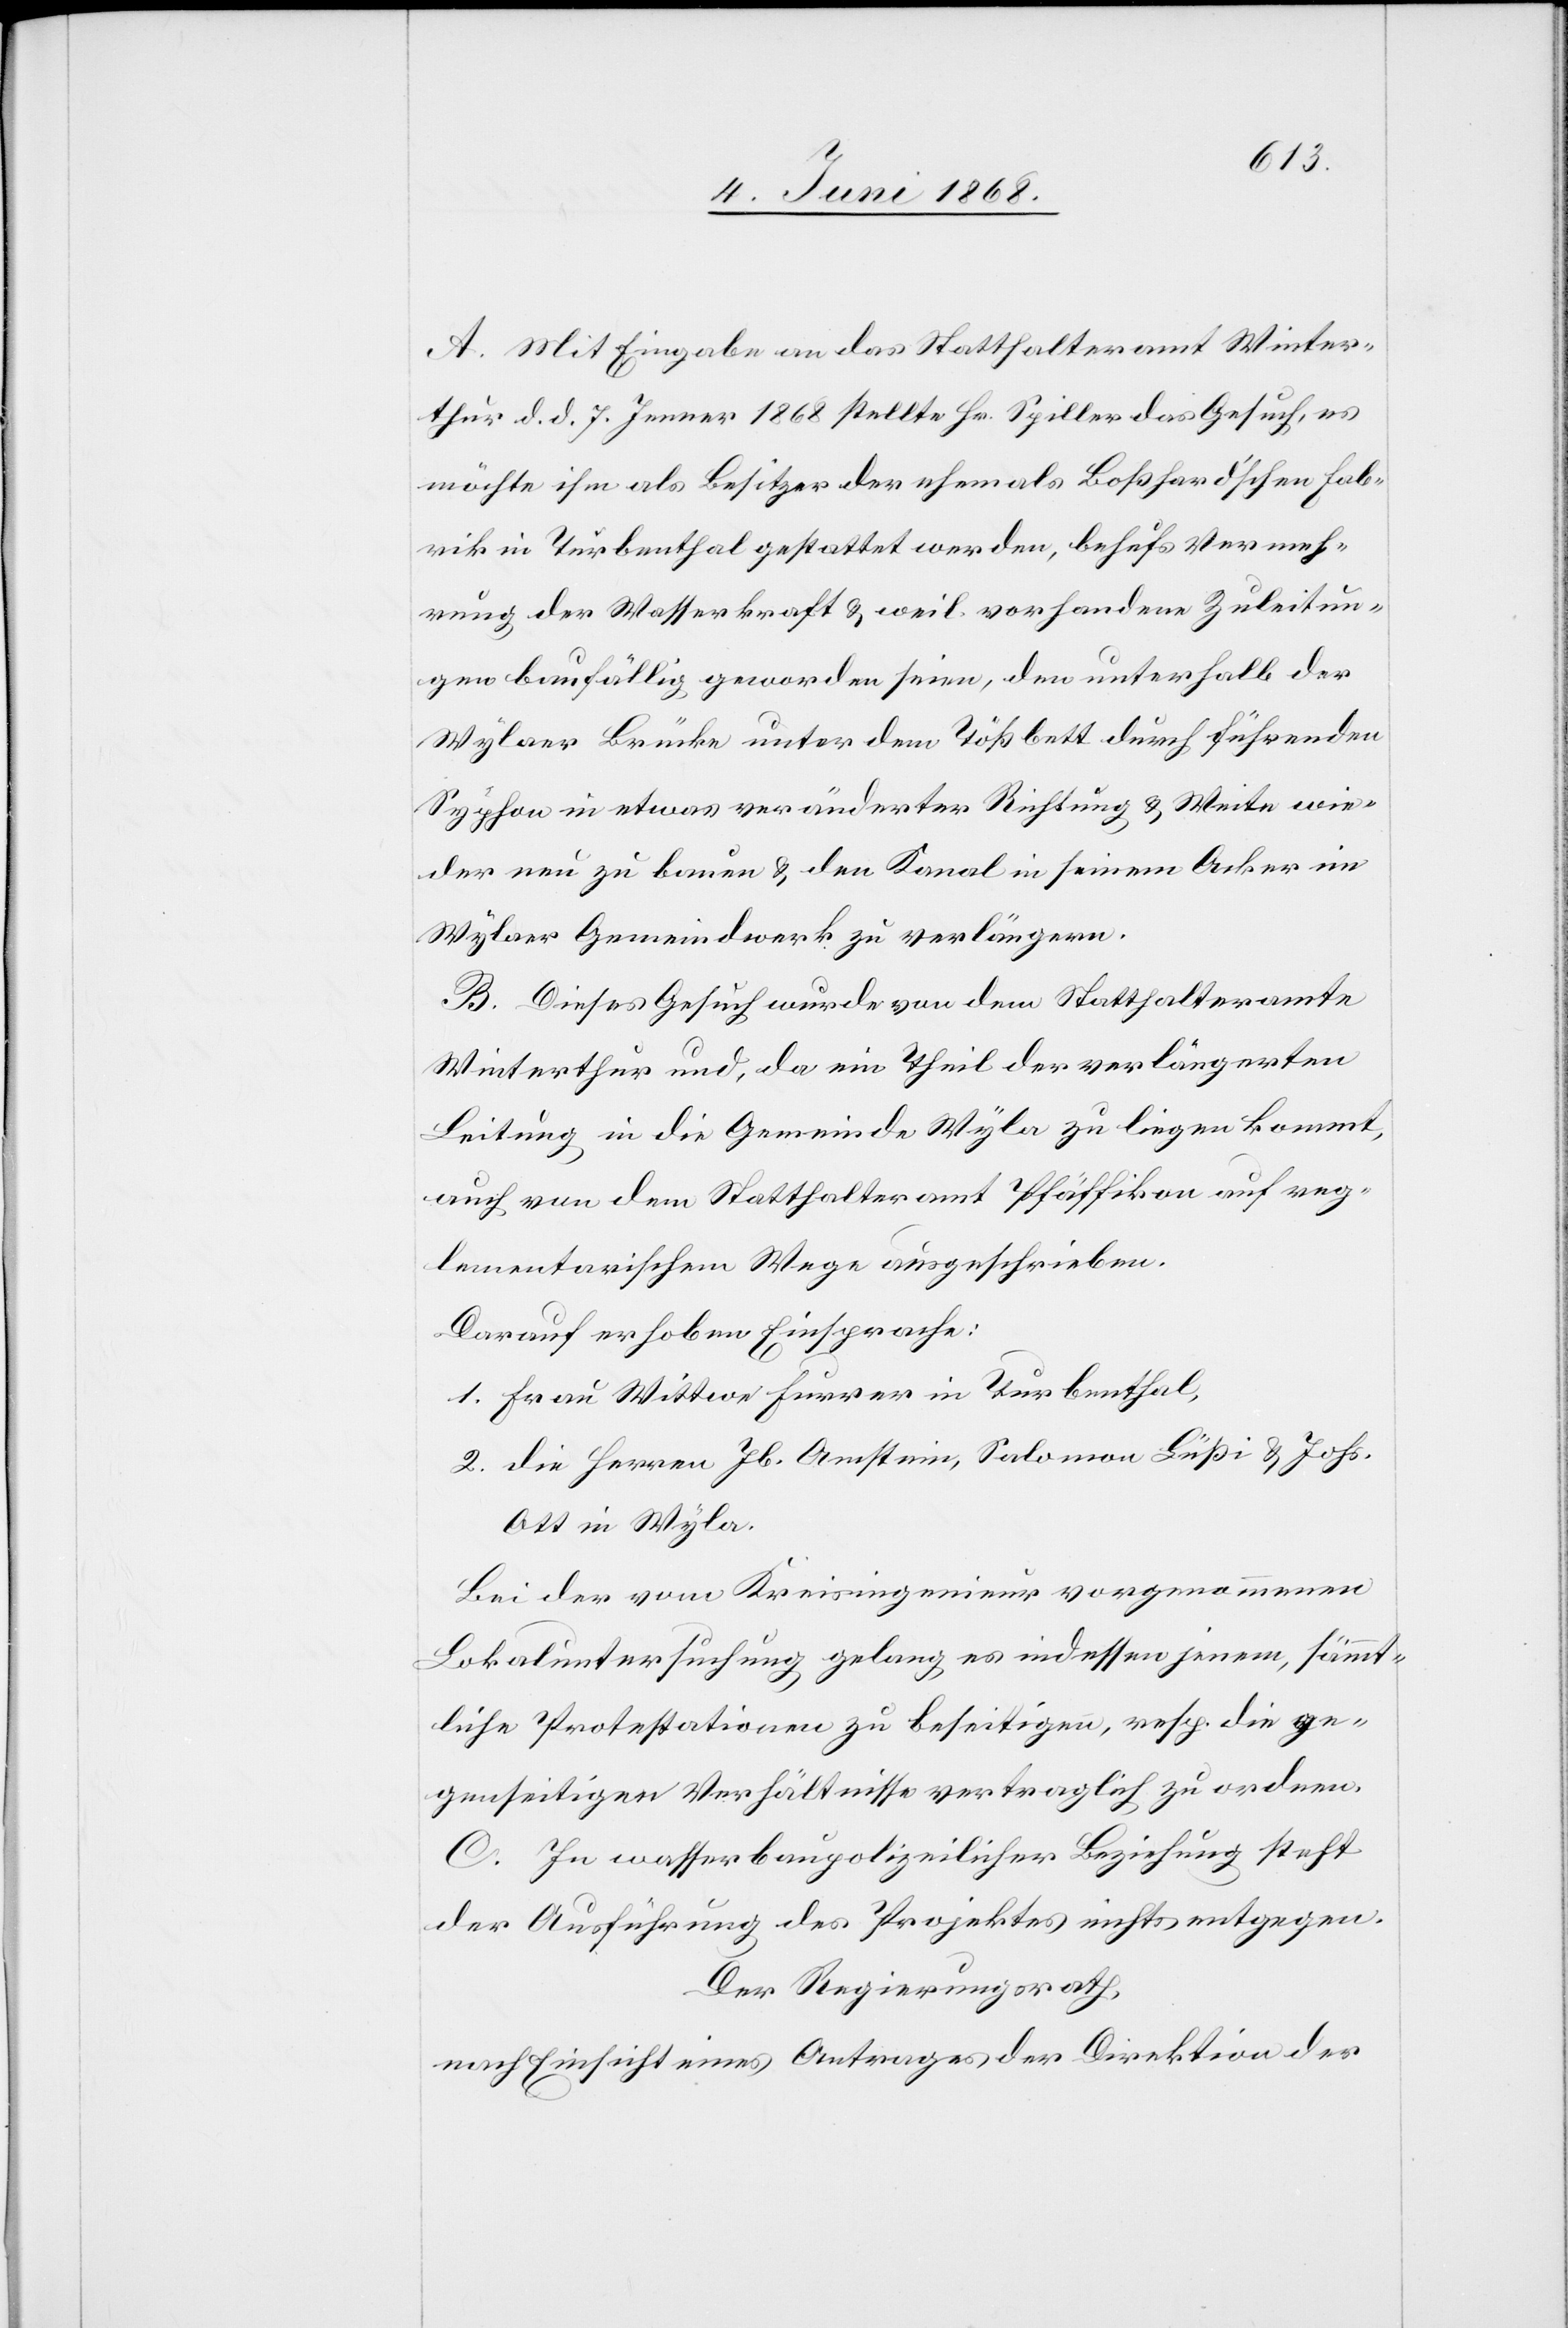
A. Mit Eingabe an das Statthalteramt Winter¬
thur d. d. 7. Jenner 1868 stellte Hr. Spiller das Gesuch, es
möchte ihm als Besitzer der ehemals Boßhard’schen Fab¬
rik in Turbenthal gestattet werden, behufs Vermeh¬
rung der Wasserkraft & weil vorhandene Zuleitun¬
gen baufällig geworden seien, den unterhalb der
Wylaer Brücke unter dem Tößbett durch führenden
Syphon in etwas veränderter Richtung & Weite wie¬
der neu zu bauen & den Kanal in seinem Acker im
Wylaer Gemeindwerk zu verlängern.
B. Dieses Gesuch wurde von dem Statthalteramte
Winterthur und, da ein Theil der verlängerten
Leitung in die Gemeinde Wyla zu liegen kommt,
auch von dem Statthalteramt Pfäffikon auf reg¬
lementarischem Wege ausgeschrieben.
Darauf erhoben Einsprache:
1. Frau Wittwe Furrer in Turbenthal,
2. die Herren Jb. Amstein, Salomon Lüßi & Johs.
Ott in Wyla.
Bei der vom Kreisingenieur vorgenommenen
Lokaluntersuchung gelang es indessen jenem, sämmt¬
liche Protestationen zu beseitigen, resp. die ge¬
genseitigen Verhältnisse vertraglich zu ordnen.
C. In wasserbaupolizeilicher Beziehung steht
der Ausführung des Projektes nichts entgegen.
Der Regierungsrath,
nach Einsicht eines Antrages der Direktion der